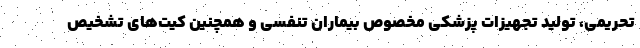
تحریمی، تولید تجهیزات پزشکی مخصوص بیماران تنفسی و همچنین کیت‌های تشخیص